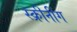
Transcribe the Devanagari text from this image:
स्क्रीनींग